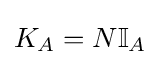
K_{A}=N\mathbb {I} _{A}